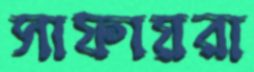
সাফায়রা